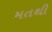
મતથી